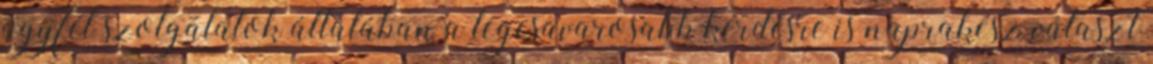
ügyfél szolgálatok általában a legcsavarosabb kérdésre is naprakész választ